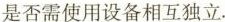
是否需要使用设备相互独立.